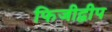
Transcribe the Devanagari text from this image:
फिजीद्वीप